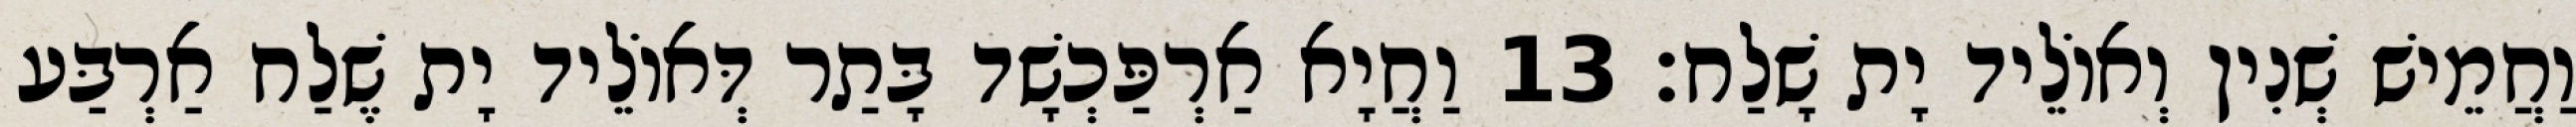
וַחֲמֵישׁ שְׁנִין וְאוֹלֵיד יָת שָׁלַח׃ 13 וַחֲיָא אַרְפַּכְשָׁד בָּתַר דְּאוֹלֵיד יָת שֶׁלַח אַרְבַּע